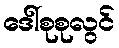
ဒေါ်စုစုလွင်